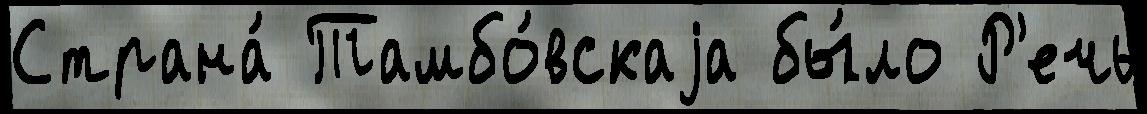
Страна́ Тамбо́вскаjа бы́ло Р'ечь